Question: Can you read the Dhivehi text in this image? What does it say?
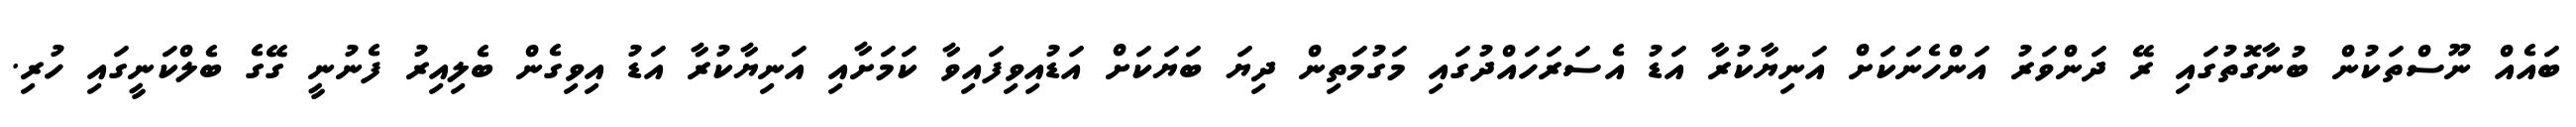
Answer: ބައެއް ނޫސްތަކުން ބުނާގޮތުގައި ރޭ ދަންވަރު އަންހެނަކަށް އަނިޔާކުރާ އަޑު އެސަރަހައްދުގައި މަގުމަތިން ދިޔަ ބަޔަކަށް އަޑުއިވިފައިވާ ކަމަށާއި އަނިޔާކުރާ އަޑު އިވިގެން ބެލިއިރު ފެނުނީ ގޭގެ ބެލްކަނީގައި ހުރި.